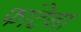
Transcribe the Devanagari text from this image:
फांटेना